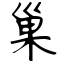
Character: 巢